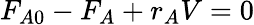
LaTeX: F_{A0}-F_{A}+r_{A}V=0